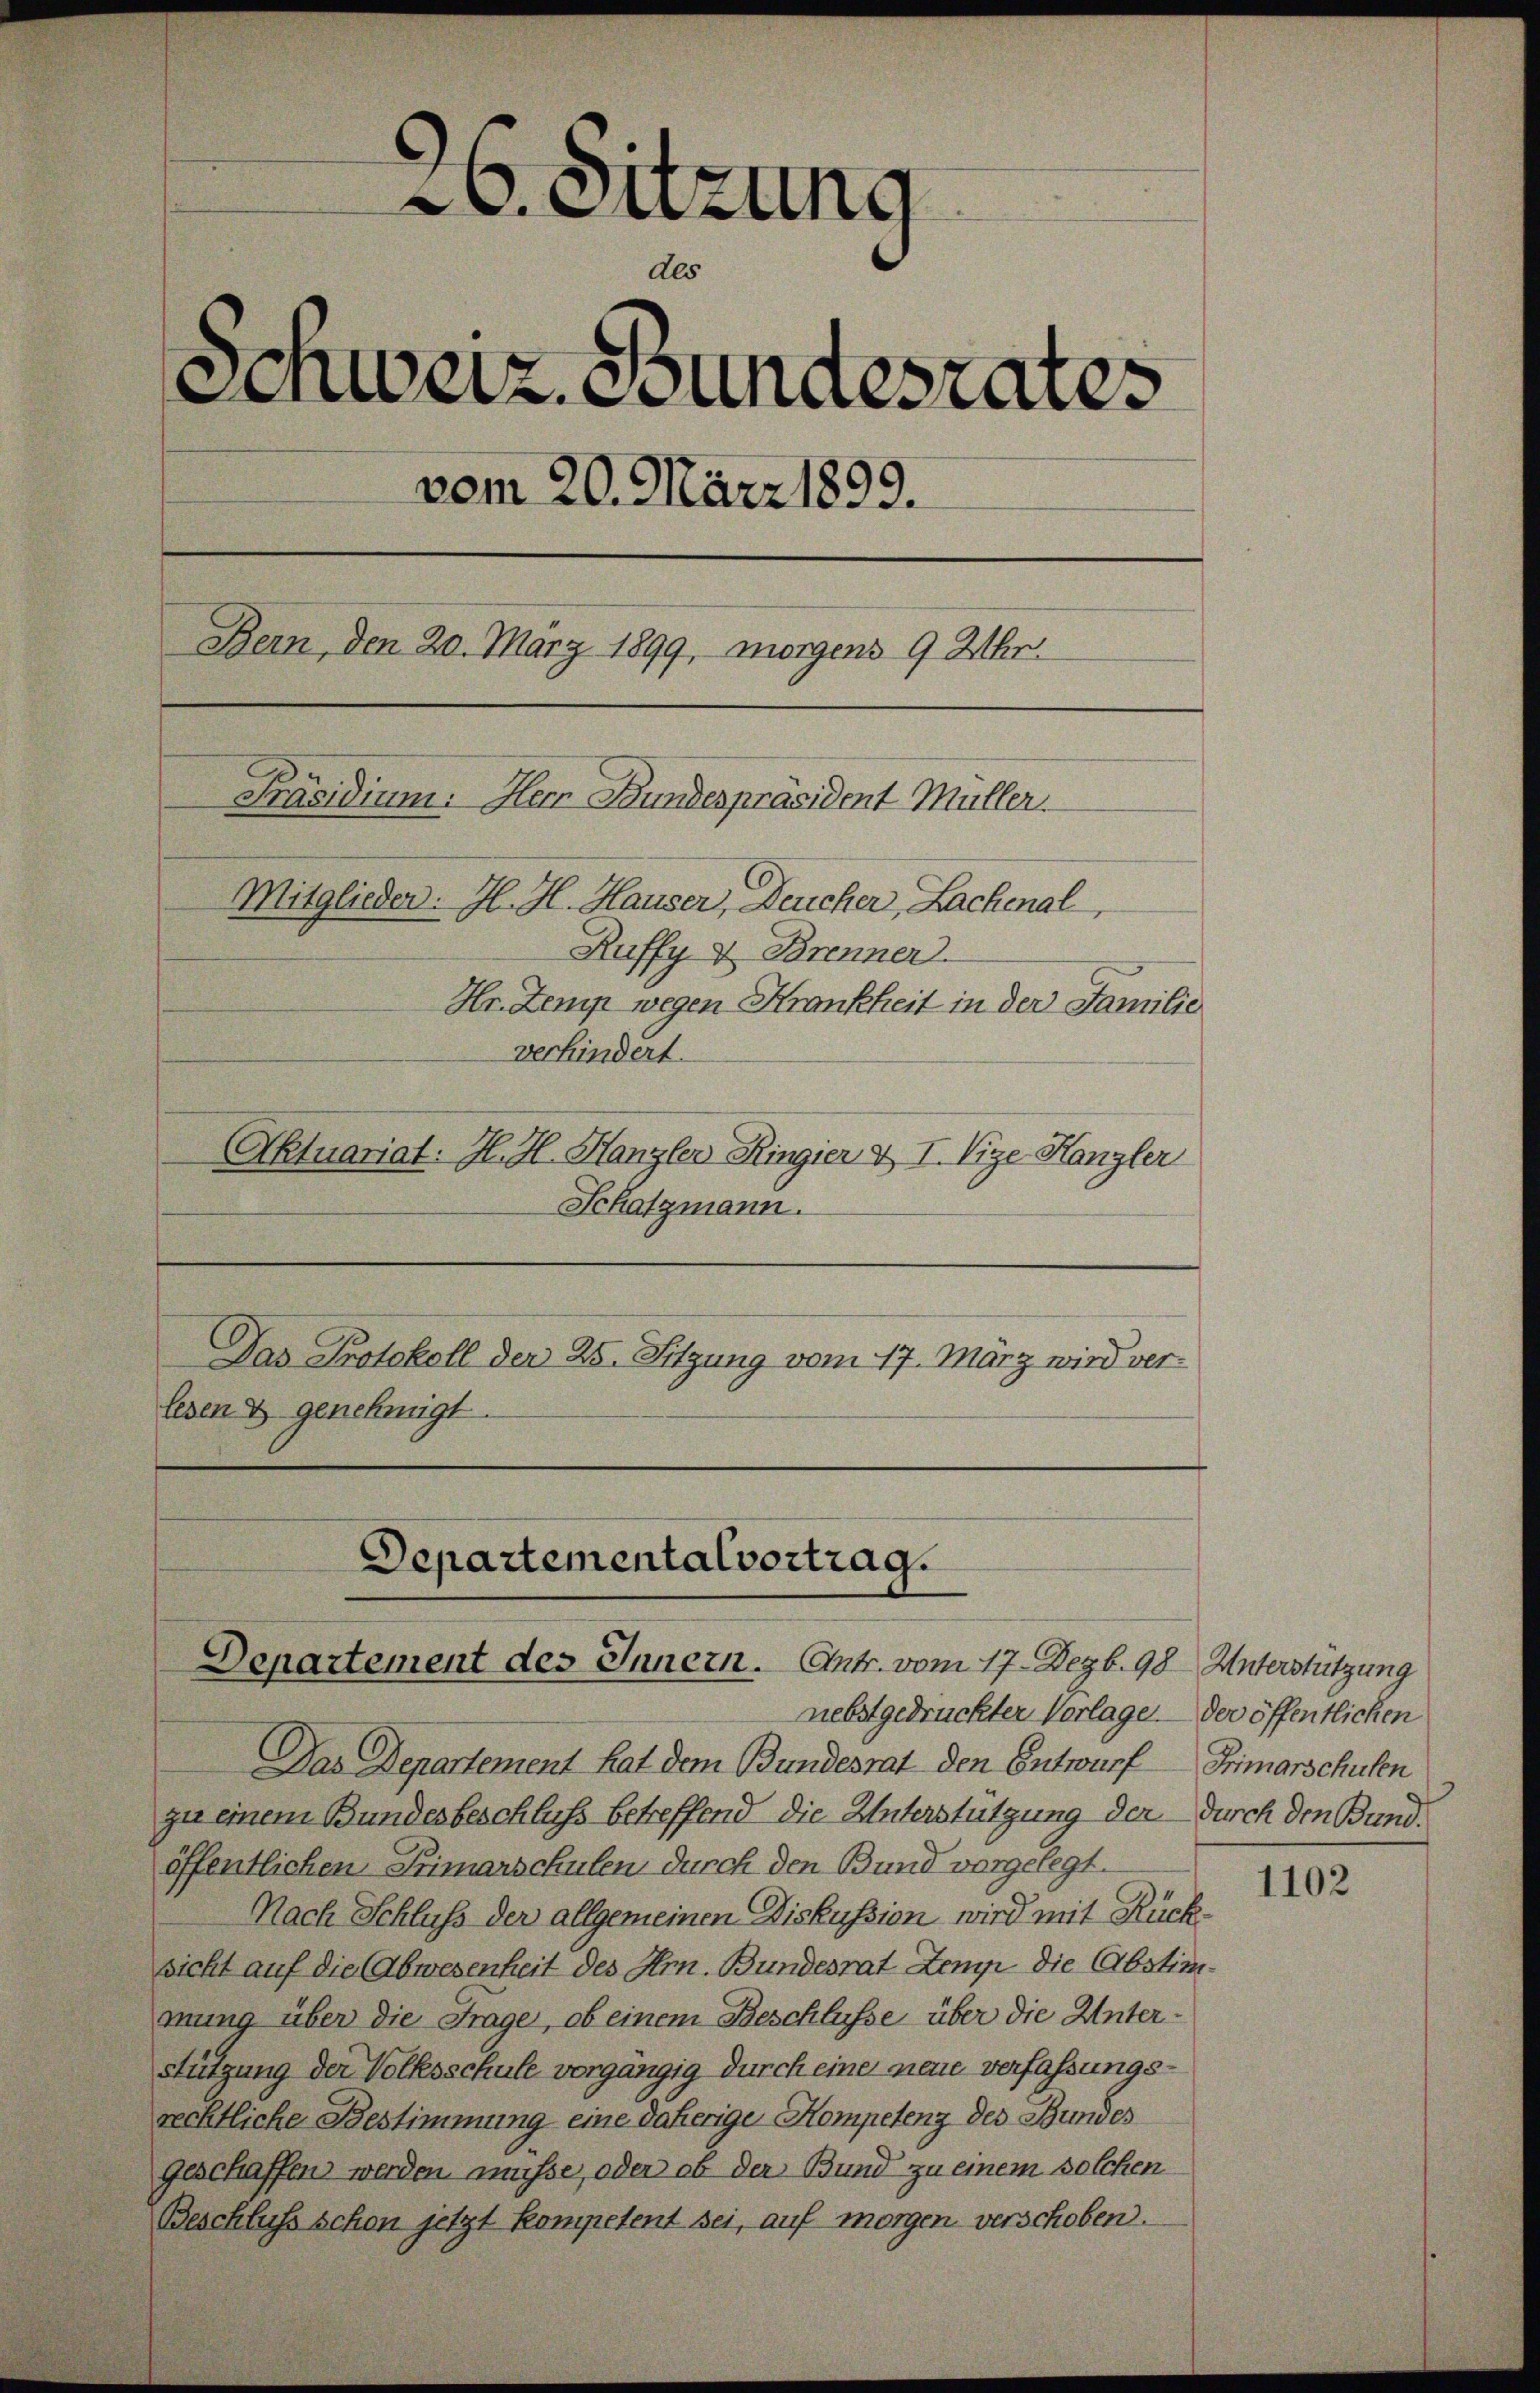
Aktuariat: H. H. Hanzler Ringier & I. Vize-Kanzler
Schatzmann.
Das Protokoll der 25. Sitzung vom 17. März wird verlesen & genehmigt.

26. Sitzung
de
6
Schweiz. Stundesrates
vom 20. März 1899.
Bern, den 20. März 1899, morgens 9 Uhr.
Präsidium. Herr Bunderpräsident Müller.
Mitglieder: Il. H. Hauser, Deucher, Lachenal,
Ruffy & Brenner
Hr. Zemp wegen Krankheit in der Familie
verhindert.

Departemental vortrag.
Departement des Innern. Entr. vom 17. Dezb. 98. Unterstützung

nebst gedruckter Vorlage der öffentlichen
Das Departement hat dem Bundesrat den Entwurf Frimarschulen
zu einem Bundesbeschluß betreffend die Unterstützung der durch den Bundöffentlichen Primarschulen durch den Bund vorgelegt.
Nach Schluss der allgemeinen Diskussion wird mit Rücksicht auf die Abwesenheit des Hrn. Bundesrat Zemp die Abstimmung über die Frage, ob einem Beschlüsse über die Unterstützung der Volksschule vorgängig durch eine neue verfassungsrechtliche Bestimmung eine daherige Kompetenz des Bundes
geschaffen werden müsse, oder ob der Bund zu einem solchen
Beschluß schon jetzt kompetent sei, auf morgen verschoben.

1102